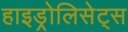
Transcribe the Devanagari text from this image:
हाइड्रोलिसेट्स